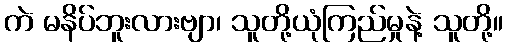
ကဲ မနိပ်ဘူးလားဗျာ၊ သူတို့ယုံကြည်မှုနဲ့ သူတို့။